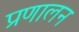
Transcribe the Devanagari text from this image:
प्रणालन